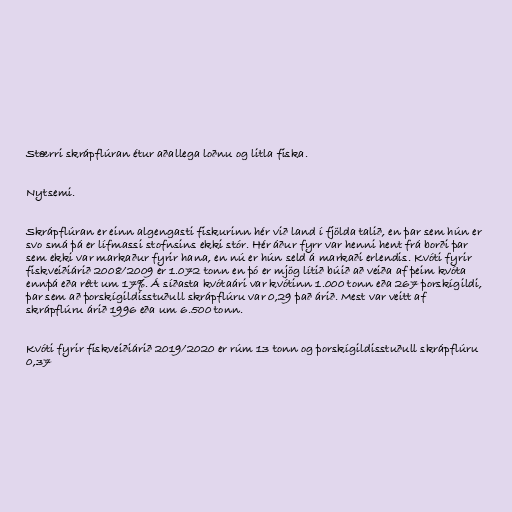
Stærri skrápflúran étur aðallega loðnu og litla fiska.

Nytsemi.

Skrápflúran er einn algengasti fiskurinn hér við land í fjölda talið, en þar sem hún er
svo smá þá er lífmassi stofnsins ekki stór. Hér áður fyrr var henni hent frá borði þar
sem ekki var markaður fyrir hana, en nú er hún seld á markaði erlendis. Kvóti fyrir
fiskveiðiárið 2008/2009 er 1.072 tonn en þó er mjög lítið búið að veiða af þeim kvóta
ennþá eða rétt um 17%. Á síðasta kvótaári var kvótinn 1.000 tonn eða 267 þorskígildi,
þar sem að þorskígildisstuðull skrápflúru var 0,29 það árið. Mest var veitt af
skrápflúru árið 1996 eða um 6.500 tonn.

Kvóti fyrir fiskveiðiárið 2019/2020 er rúm 13 tonn og þorskígildisstuðull skrápflúru
0,37